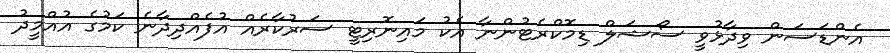
އެންޑަސަން ވިދާޅުވީ ސޯޝަލް ޑިމޮކްރެޓުންނާ އެކު މައިނޮރިޓީ ސަރުކާރެއް އުފެއްދިދާނެ ކަމުގެ އުއްމީދު